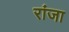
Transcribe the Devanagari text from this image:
रांजा